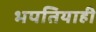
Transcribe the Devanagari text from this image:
भपतियाही